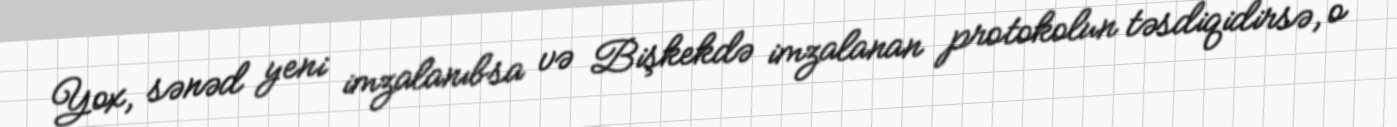
Yox, sənəd yeni imzalanıbsa və Bişkekdə imzalanan protokolun təsdiqidirsə, o